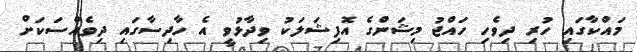
މައްކާގައި ހުރި ދިވެހި ހައްޖު މިޝަންގެ އޮފިޝަލަކު ވިދާޅުވީ އެ ހާދިސާގައި ދިވެއްސަކަށް